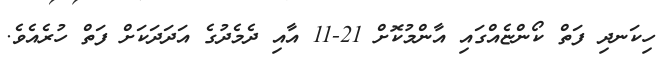
ހިކަނދި ފަތް ކޯންޏެއްގައި އާންމުކޮށް 21-11 އާއި ދެމެދުގެ އަދަދަކަށް ފަތް ހުރެއެވެ.